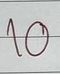
10